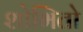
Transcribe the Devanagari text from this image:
शोभितो